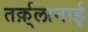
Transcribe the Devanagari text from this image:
तर्क़्लानाई